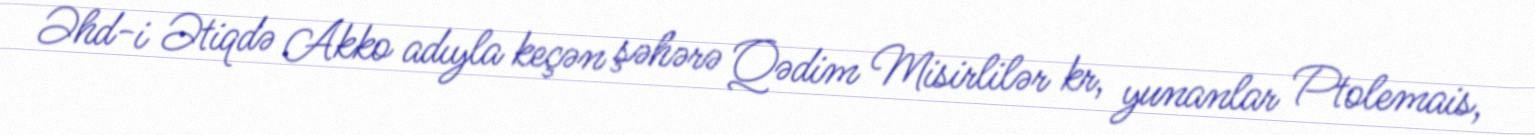
Əhd-i Ətiqdə Akko adıyla keçən şəhərə Qədim Misirlilər kr, yunanlar Ptolemais,